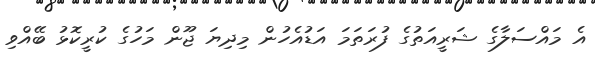
އެ މައްސަލާގެ ޝަރީއަތުގެ ފުރަތަމަ އަޑުއެހުން މިދިޔަ ޖޫން މަހުގެ ކުރީކޮޅު ބޭއްވި